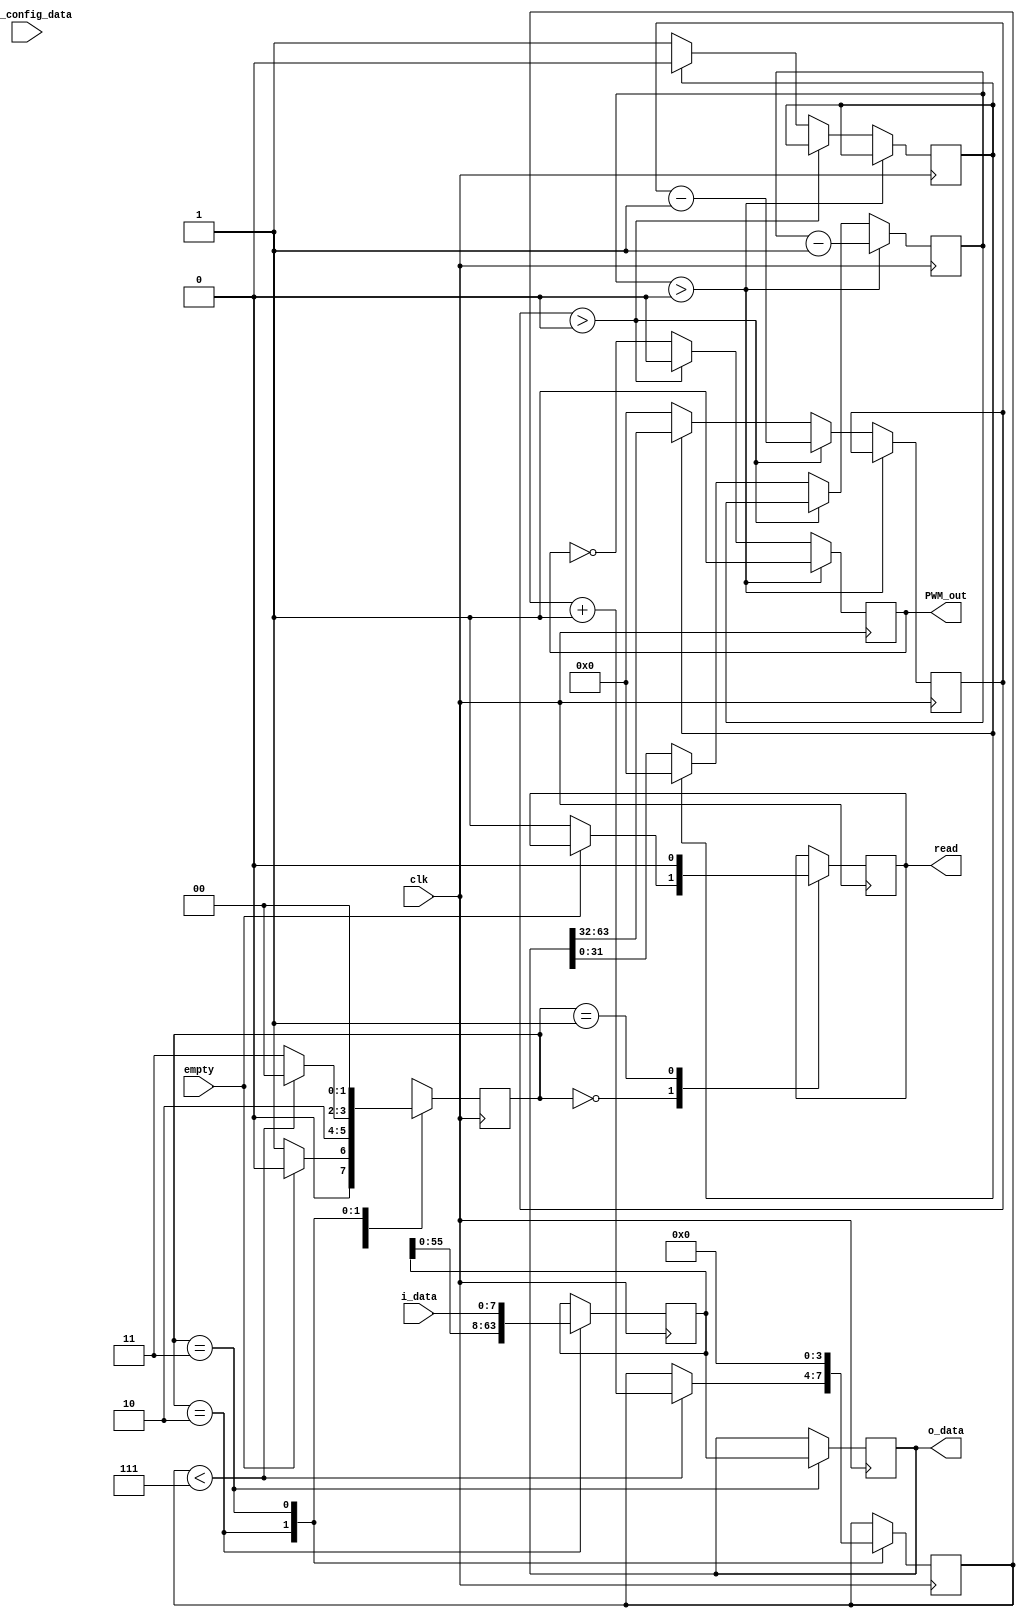
module pwm_generator(
    input                         empty,
    input  [PWM_FIFO_WIDTH-1:0]   i_data,
    input [CONFIG_DATA_WIDTH-1:0]   pwm_config_data, 
    output                        read,
    output reg [PWM_DATAWIDTH-1:0]    o_data=0,
    
    input                         clk,   
    output reg                    PWM_out = 0
);

parameter COUNTER_WIDTH = 32;
parameter PWM_DATAWIDTH = 64;
parameter PWM_FIFO_WIDTH = 8;
parameter CONFIG_DATA_WIDTH = 32;
reg [COUNTER_WIDTH-1:0] on_counter=0;
reg [COUNTER_WIDTH-1:0] off_counter=0;
reg value=0;
reg rd_en =0;
reg [PWM_DATAWIDTH-1:0] data_out=0;
reg [3:0] count=0;
reg[1:0] state=0;
localparam idle = 2'd0;
localparam hold = 2'd1;
localparam accumulate = 2'd2;
localparam done = 2'd3;

always @(posedge clk) begin
    case(state) 
        idle:begin
                
                if(!empty) begin
                        rd_en <= 1'b1;
                        state <= hold;
                end else begin
                        state <= idle;
                    end
                end

        hold:begin
                rd_en <= 0;
                state <= accumulate;
            end
         
        accumulate: begin
            data_out <= {data_out [PWM_DATAWIDTH-1:0] ,i_data};
               if (count < 7) begin
                    count <= count + 1;
                    state <= idle;
               end else begin
                    state  <= done; 
                end
            end
        
            done: begin
                o_data <=data_out;
                count <=0;
                state <= idle;
            end
    endcase    

end

assign read = rd_en;

always @(posedge clk) begin

    if (on_counter > 0) begin
        PWM_out <= 1;
        on_counter <= on_counter - 1;
    end else if (off_counter > 0) begin
        PWM_out <= 0;
        off_counter <= off_counter - 1;
    end else begin
           PWM_out <= ~PWM_out;
       if (value == 0) begin
            on_counter <= o_data[31:0]; 
            off_counter <= 0;
            value = 1; 
        end else begin
            on_counter <= 0; 
            off_counter <= o_data[63:32];
            value = 0; 
        end
    end
end

endmodule